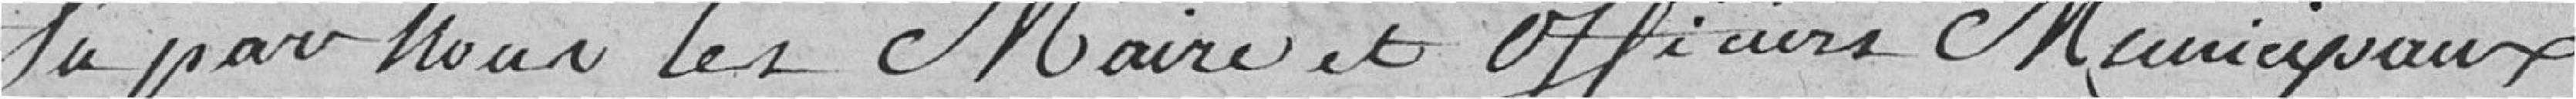
Vu par nous les Maire et Officiers Municipaux